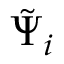
\tilde { \Psi } _ { i }